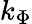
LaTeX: k_{\Phi}